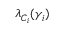
\lambda _ { C _ { i } } ( \gamma _ { i } )